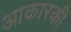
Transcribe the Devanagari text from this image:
आकारकी